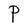
Character: P